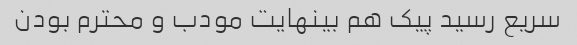
سریع رسید پیک هم بینهایت مودب و محترم بودن